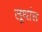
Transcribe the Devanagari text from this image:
लूथांस